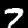
Label: 7